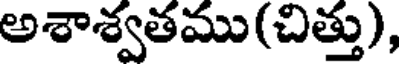
అశాశ్వతము(చిత్తు),